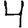
Digit: 4